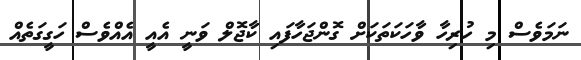
ނަމަވެސް މި ހުރިހާ ވާހަކަތަކަށް ގޮންޖަހާފައި ކާޖޮލް ވަނީ އެއީ އެއްވެސް ހަގީގަތެއް